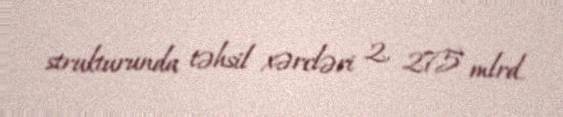
strukturunda təhsil xərcləri 2, 275 mlrd.